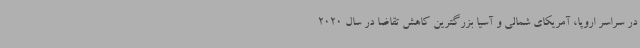
در سراسر اروپا، آمریکای شمالی و آسیا بزرگترین کاهش تقاضا در سال 2020